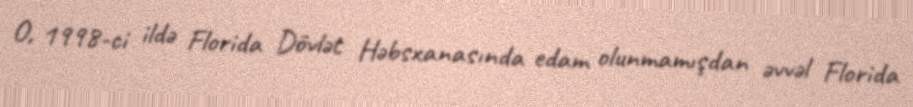
O, 1998-ci ildə Florida Dövlət Həbsxanasında edam olunmamışdan əvvəl Florida